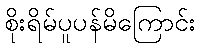
စိုးရိမ်ပူပန်မိကြောင်း